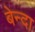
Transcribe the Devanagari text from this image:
बेन्दा